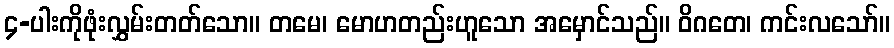
၄-ပါးကိုဖုံးလွှမ်းတတ်သော။ တမေ၊ မောဟတည်းဟူသော အမှောင်သည်။ ဝိဂတေ၊ ကင်းလသော်။